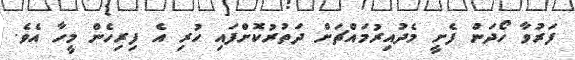
ފަރުވާ ހޯދަން ފެށީ މެދުއިރުމައްޗަށް ދަތުރުކޮށްފައި ހުރި އެ ފިރިހެން މީހާ އެވެ.